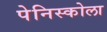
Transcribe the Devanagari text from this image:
पेनिस्कोला